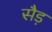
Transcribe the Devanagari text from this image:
सैड़